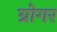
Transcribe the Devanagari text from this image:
ग्रोगर